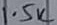
Text: 1.5K